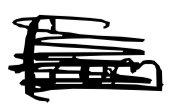
Text: from
Cross-out: mix
Writing tool: digital_black